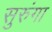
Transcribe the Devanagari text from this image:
सुरुंगा